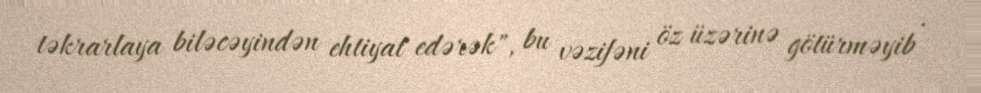
təkrarlaya biləcəyindən ehtiyat edərək", bu vəzifəni öz üzərinə götürməyib .